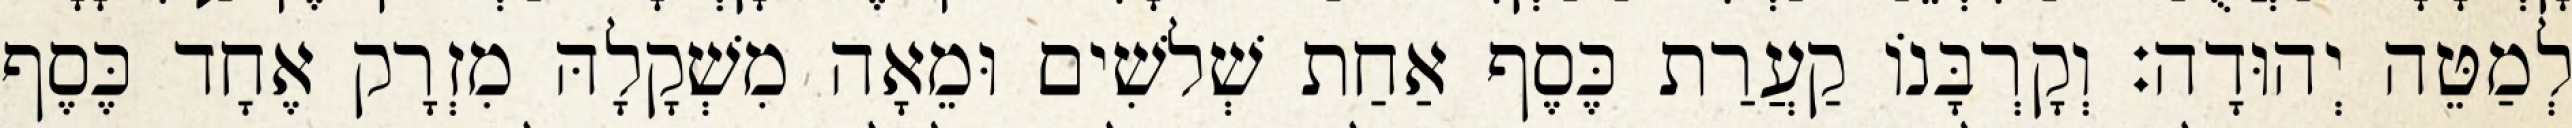
לְמַטֵּה יְהוּדָה׃ וְקָרְבָּנוֹ קַעֲרַת כֶּסֶף אַחַת שְׁלשִׁים וּמֵאָה מִשְׁקָלָהּ מִזְרָק אֶחָד כֶּסֶף